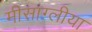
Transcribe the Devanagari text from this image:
मीसाग्लीया